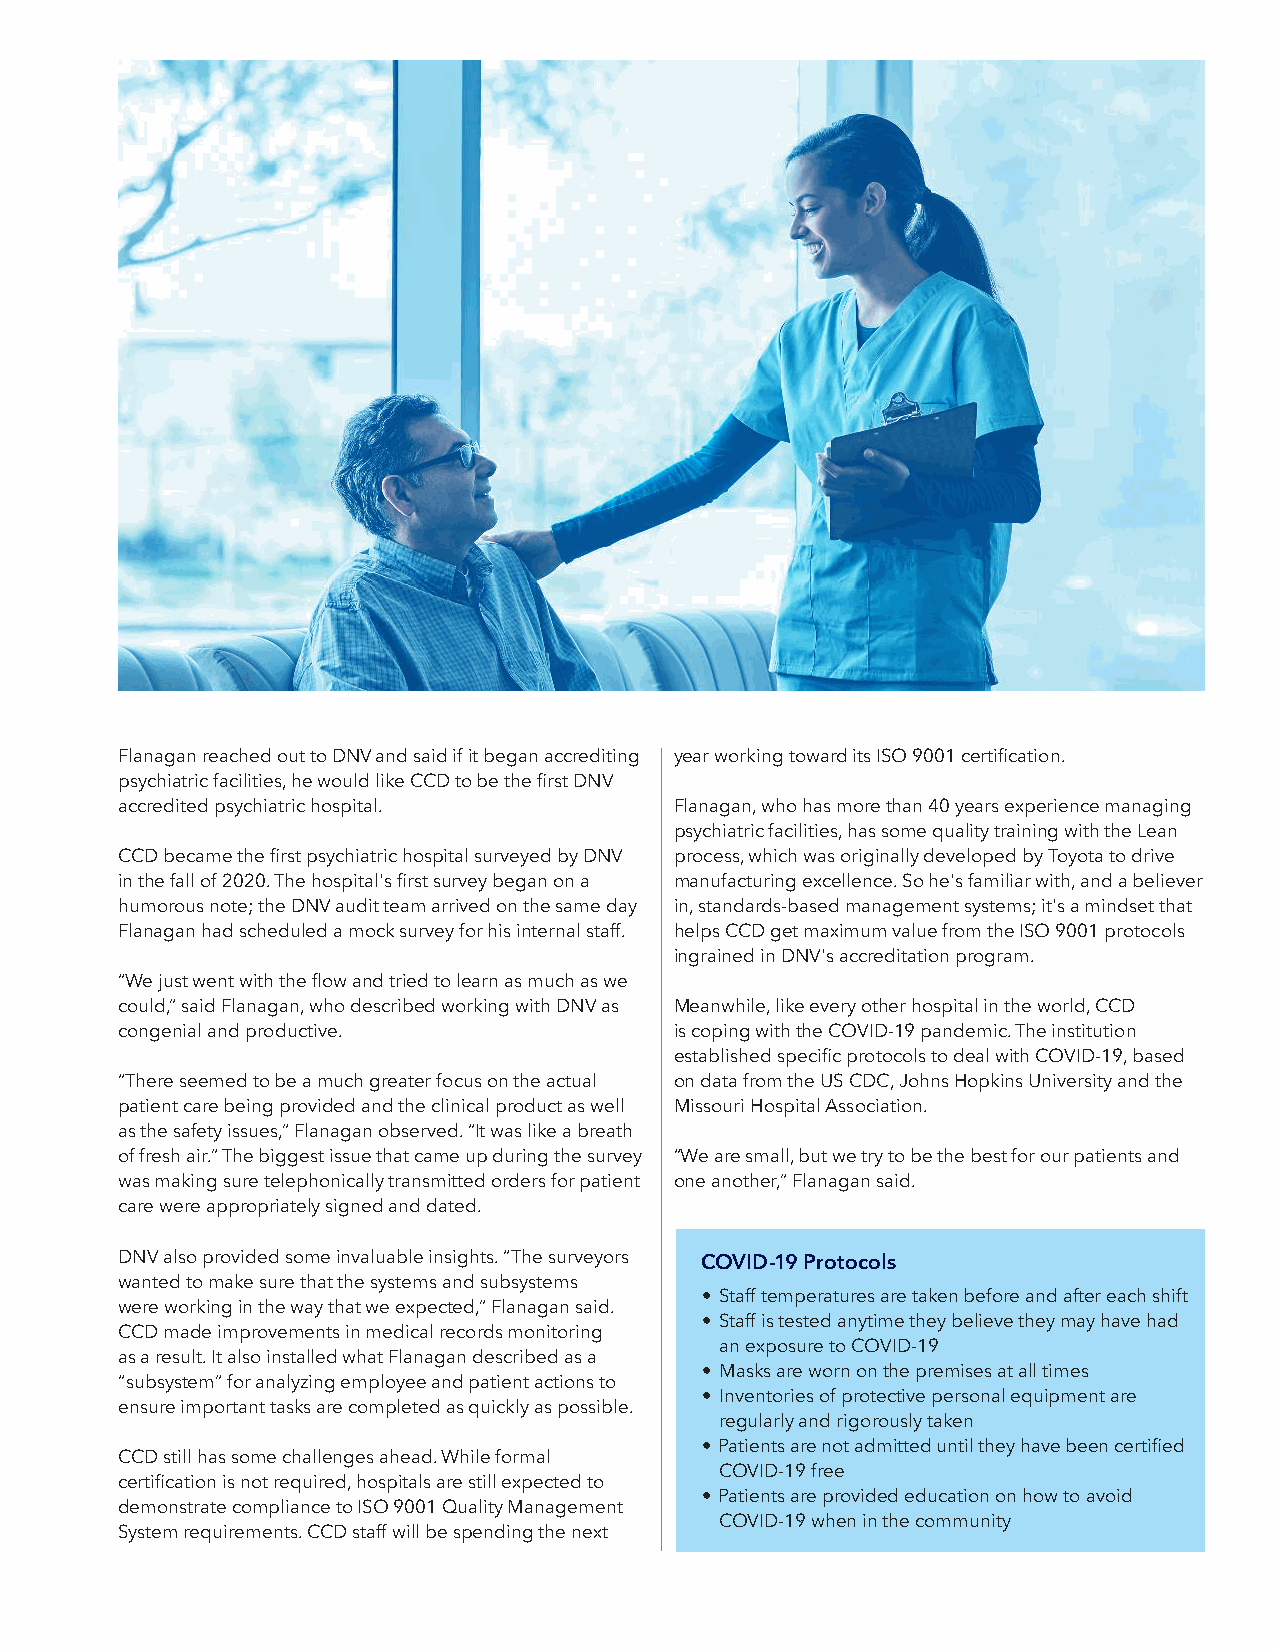
Flanagan reached out to DNV and said if it began accrediting year working toward its ISO 9001 certification.
 psychiatric facilities, he would like CCD to be the first DNV
 accredited psychiatric hospital.     Flanagan, who has more than 40 years experience managing
 psychiatric facilities, has some quality training with the Lean
 CCD became the first psychiatric hospital surveyed by DNV process, which was originally developed by Toyota to drive
 in the fall of 2020. The hospital's first survey began on a manufacturing excellence. So he's familiar with, and a believer
 humorous note; the DNV audit team arrived on the same day in, standards-based management systems; it's a mindset that
 Flanagan had scheduled a mock survey for his internal staff. helps CCD get maximum value from the ISO 9001 protocols
 ingrained in DNV's accreditation program.
 “We just went with the flow and tried to learn as much as we
 could,” said Flanagan, who described working with DNV as Meanwhile, like every other hospital in the world, CCD
 congenial and productive.            is coping with the COVID-19 pandemic. The institution
 established specific protocols to deal with COVID-19, based
 “There seemed to be a much greater focus on the actual on data from the US CDC, Johns Hopkins University and the
 patient care being provided and the clinical product as well Missouri Hospital Association.
 as the safety issues,” Flanagan observed. “It was like a breath
 of fresh air.” The biggest issue that came up during the survey “We are small, but we try to be the best for our patients and
 was making sure telephonically transmitted orders for patient one another,” Flanagan said.
 care were appropriately signed and dated.
 DNV also provided some invaluable insights. “The surveyors COVID-19 Protocols
 wanted to make sure that the systems and subsystems
 • Staff temperatures are taken before and after each shift
 were working in the way that we expected,” Flanagan said.
 • Staff is tested anytime they believe they may have had
 CCD made improvements in medical records monitoring
 an exposure to COVID-19
 as a result. It also installed what Flanagan described as a
 • Masks are worn on the premises at all times
 “subsystem” for analyzing employee and patient actions to
 • Inventories of protective personal equipment are
 ensure important tasks are completed as quickly as possible.
 regularly and rigorously taken
 • Patients are not admitted until they have been certified
 CCD still has some challenges ahead. While formal
 COVID-19 free
 certification is not required, hospitals are still expected to
 • Patients are provided education on how to avoid
 demonstrate compliance to ISO 9001 Quality Management
 COVID-19 when in the community
 System requirements. CCD staff will be spending the next